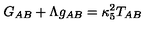
G _ { A B } + \Lambda g _ { A B } = \kappa _ { 5 } ^ { 2 } T _ { A B }